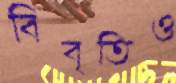
বিবৃতিও